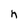
Character: h